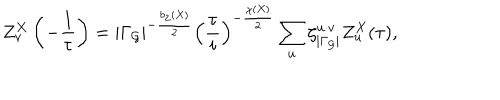
LaTeX: Z _ { v } ^ { X } \left( - \frac { 1 } { \tau } \right) = \vert \Gamma _ { \cal G } \vert ^ { - \frac { b _ { 2 } ( X ) } { 2 } } \left( \frac { \tau } { i } \right) ^ { - \frac { \chi ( X ) } { 2 } } \sum _ { u } \zeta _ { | \Gamma _ { \cal G } | } ^ { u \cdot v } Z _ { u } ^ { X } ( \tau ) ,